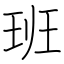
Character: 班